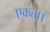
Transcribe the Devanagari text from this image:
एकता।